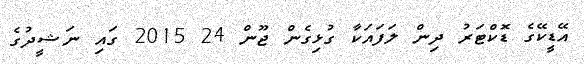
އޭޑީކޭގެ ޑޮކްޓަރު ދިން ލަފައަކާ ގުޅިގެން ޖޫން 24 2015 ގައި ނަޝީދުގެ